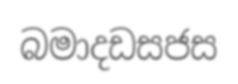
බමාදඩසජස